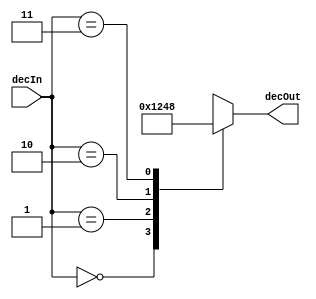
module decoder_2_to_4(input [1:0] decIn, output reg[3:0] decOut);

	always @(*)
		begin
		
		case(decIn)
			2'b00 : decOut = 4'b0001;
			2'b01 : decOut = 4'b0010;
			2'b10 : decOut = 4'b0100;
			2'b11 : decOut = 4'b1000;
		endcase
		
	end
endmodule